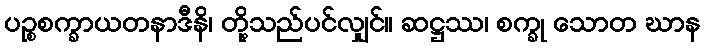
ပဉ္စစက္ခာယတနာဒီနိ၊ တို့သည်ပင်လျှင်။ ဆဋ္ဌဿ၊ စက္ခု သောတ ဃာန